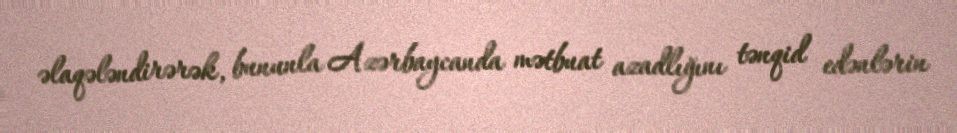
əlaqələndirərək, bununla Azərbaycanda mətbuat azadlığını tənqid edənlərin